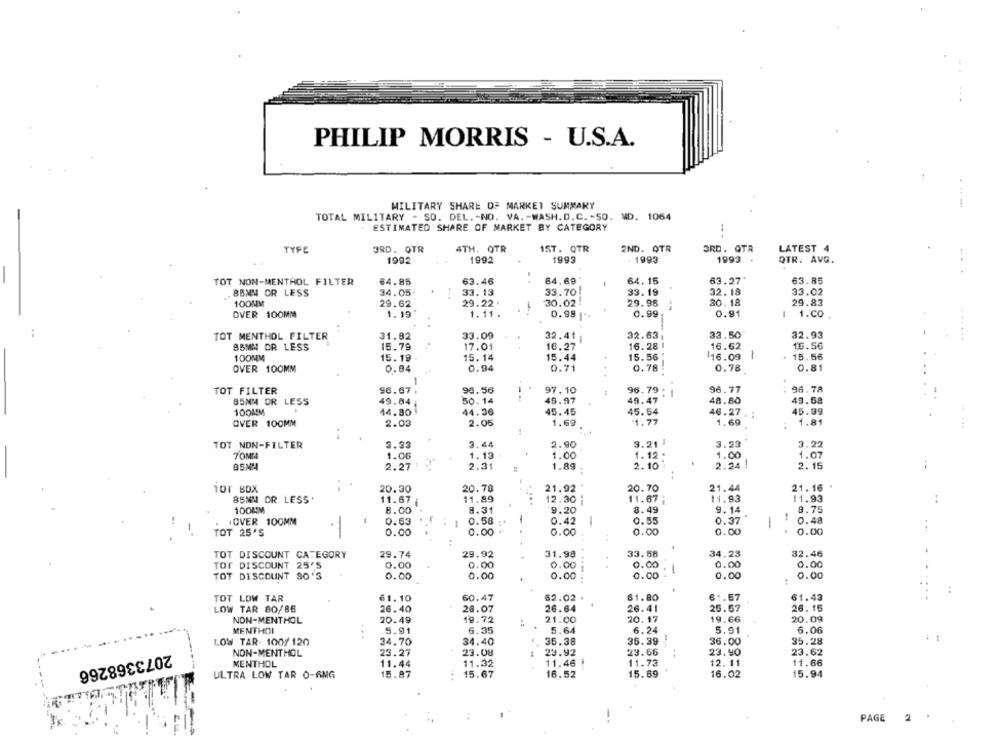
PHILIP MORRIS - U.S.A.
MILITARY SHARE OF MARKET SUMMARY
.-.-
TOTAL MILITARY - SO. DEL. - NO. VA. - WASH. D. C. - SO. MD. 1064
ESTIMATED SHARE OF MARKET BY CATEGORY
TYPE
3RD ., OTR
4TH. OTR
1ST. QTR
2ND. QTR
3RD. QTR
LATEST 4
1992
1993
1993
1993 .
QTR. AVG.
.
TOT NON-MENTHOL FILTER
64.85
63.46
. .
84.69"
-
64. 15
63.27'
63.85
8BMW OR LESS
34.05.
33.13
33.70
33.19
32. 18
33.02
100MM
29.62
29.22 .
30.02!
29.98
20. 18
29.83
OVER 100MM
1.19
1.11.
0.98 "
0.99
0.91
1
1.Co
..
31.82
33.09
32.63
TOT MENTHOL FILTER
32.41 |
33.50
32.93
85MM OR LESS
15.79
17.01
16.27
16.28
16.62
15.56
100MM
15.19
15.14
15.44
15.56
16.09 |
15.56
OVER 100MM
0.84
0.94
0.71
0.78
0.78
0.81
1
TOT FILTER
96.67 .
93.56
97.10
96.79 .
96.77
96.78
B5MM OR LESS
50.14
45.97
49.47
48.80
49.68
49.84 ;
100MM
44.80
44.36
45.45
45.54
46.27.
45.99
.
OVER 100MM
2.00
2.05
1.69
"1.77
1.69
1.81
..
TOT NON-FILTER
3.33
3.44
2.90
3.21 )
3.23
3.22
1. 12 .
70MM
1.06
1.13
1.00
1.00
1.07
85MM
2.27
2.31
1.89
2.10
2.24 !
2.15
hor BOX
20.30
20.78
21.92 '
20.70
21.44
21.16 .
11.89
11.93
11.93
85MM OR LESS'
11.67
12.30
11.67 ;
..
100MM
8.00
8.31
9.20
8.49
9.14
8.75
-
0.63
0.58
-
0.37
!
0.48
OVER 100MM
0.42
0.55
1
TOT 25'S
0.00
0.00
0.00
0.00
0.00
.
0.00
TOT DISCOUNT CATEGORY
29.74
29.92
31.98
33.88
34.23
32.46
TOT DISCOUNT 25'S
0.00
0.00
0.00
0.00
0.00
0.00
TOT DISCOUNT 80'S
0.00
0.00
0.00
.......
0.00
0.00
0.00
...
:
TOT LOW TAR
61.10
60.47
62.02 .
61.80
61.57
61.43
LOW TAR 80/85
26.40
26.07
26.64
26.41
25.67
26.15
NON-MENTHOL
20.49
19.72
21.00
20.17
19.66
20.09
MENTHDI
5.91
6.35
5.64
6.24
5.91
6.06
LOW TAR- 100y 120
34.70
34.40
35.38
35.39
36.00
35.28
NON-MENTHOL
23.27
23.08
23.92
23.66
23.90
23.62
2073368266
MENTHOL
11.44
11.32
11.46 !
11.73
12.11
11.66
ULTRA LOW TAR O-6MG
15.87
..
15.67
16.52
15.69
16.02
15.94
PAGE
2